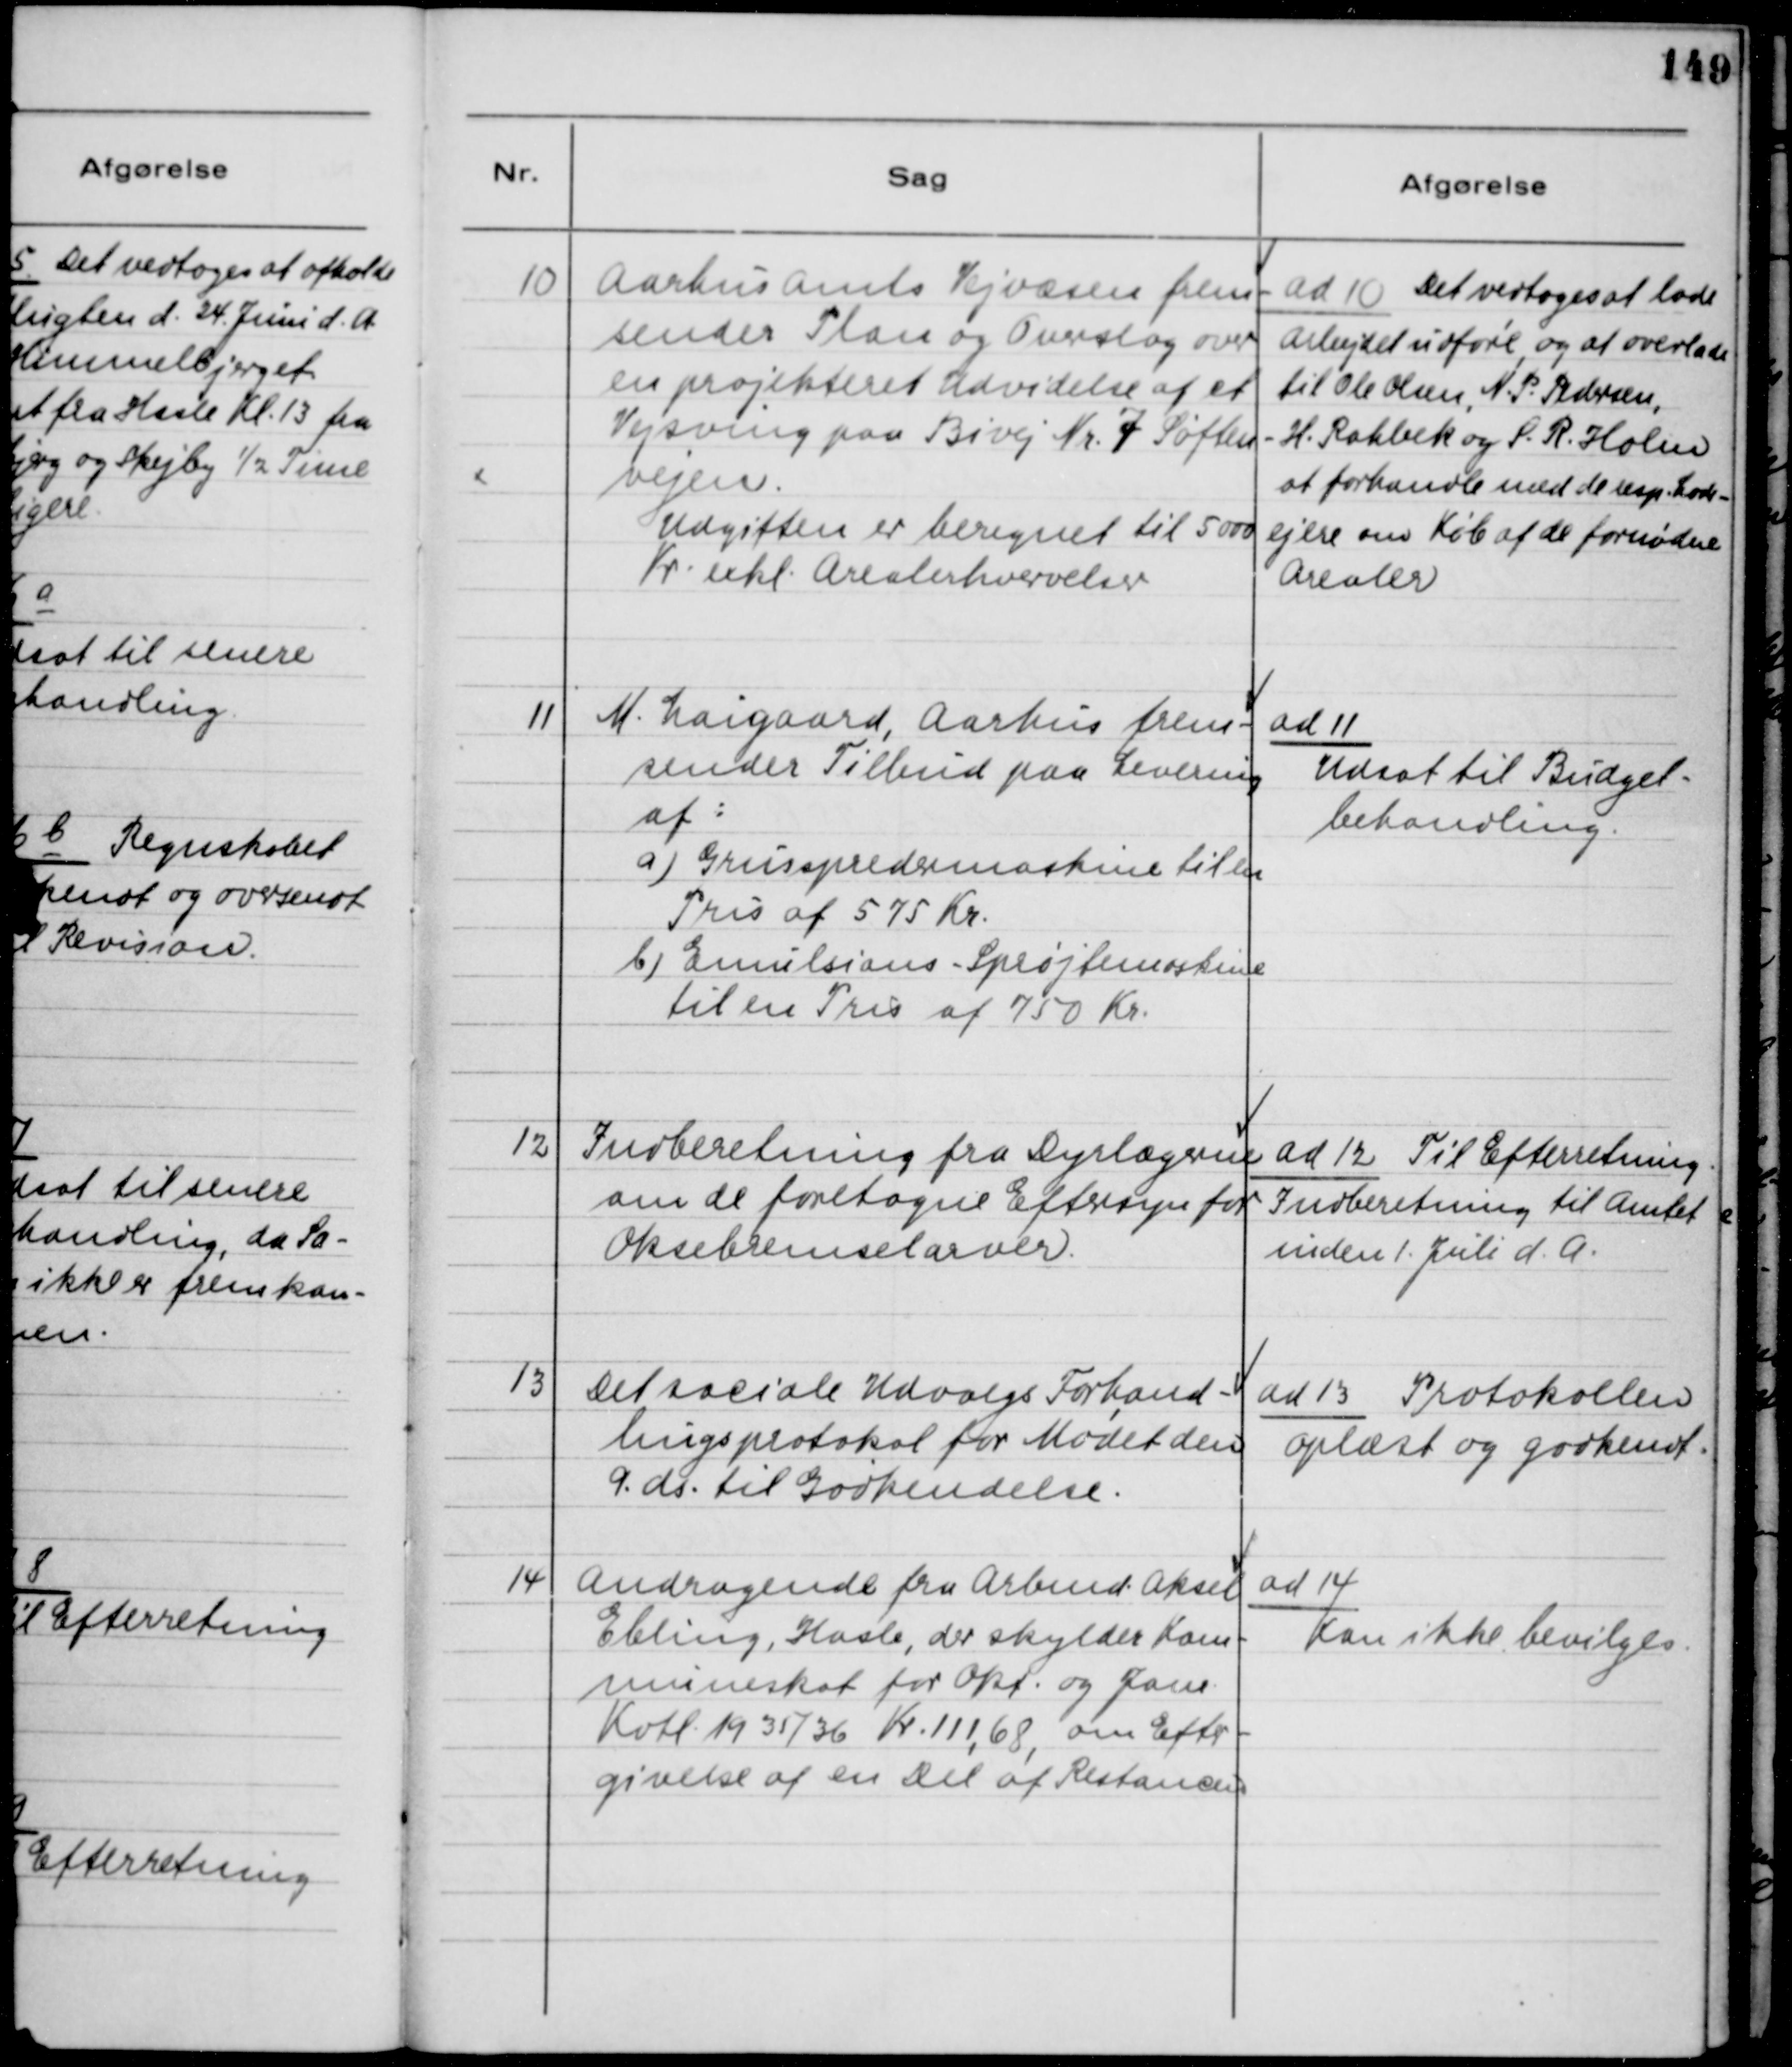
Transskription:
10
Aarhus Amts Vejvæsen frem-
sender Plan og Overslag over
en projekteret Udvidelse af et
Vejsving paa Bivej Nr. 7 Søften-
vejen.
Udgiften er beregnet til 5000
Kr. exkl. Arealerhvervelser
ad 10 Det vedtoges at lade
Arbejdet udføre og at overlade
til Ole Olsen, N.P. Pedersen,
H. Rahbek og S. R. Holm
at forhandle med de resp. Lods-
ejere om Køb af de fornødne
Arealer
11
M. Laigaard, Aarhus frem-
sender Tilbud paa Levering
af:
a) Grusspredermaskine til en
Pris af 575 Kr.
b) Emulsions - Sprøjtemaskine
til en Pris af 750 Kr.
ad 11
Udsat til Budget-
behandling.
12
Indberetning fra Dyrlægerne
om de foretagne Eftersyn for
Oksebremselarver.
ad 12 Til Efterretning.
Indberetning til Amtet
inden 1. Juli d.A.
13
Det sociale Udvalgs Forhand-
lingsprotokol for Mødet den
9. ds. til Godkendelse.
ad 13 Protokollen
oplæst og godkendt.
14
Andragende fra Arbmd. Aksel
Ebling, Hasle, der skylder Kom-
muneskat for Okt. og Janr.
Kvtl. 1935/36 Kr. 111,68, om Efter-
givelse af en Del af Restancen
ad 14
Kan ikke bevilges.